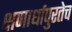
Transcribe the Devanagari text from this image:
क्षणार्धापुरतेच